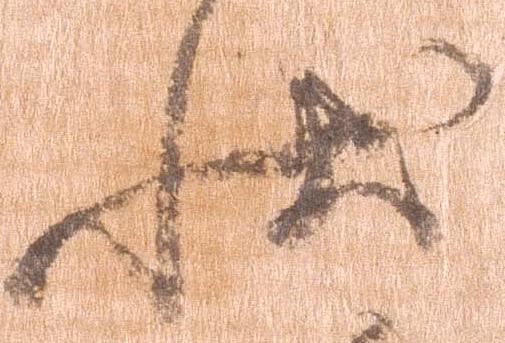
状